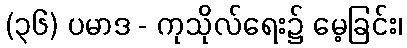
(၃၆) ပမာဒ - ကုသိုလ်ရေး၌ မေ့ခြင်း၊